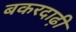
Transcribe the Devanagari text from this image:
बकरदाढ़ी